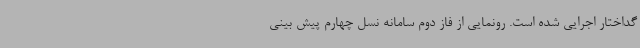
گداختار اجرایی شده است. رونمایی از فاز دوم سامانه نسل چهارم پیش بینی